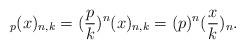
LaTeX: \begin{align*}_{p}(x)_{n,k}=(\frac{p}{k})^n(x)_{n,k} = (p)^n(\frac{x}{k})_{n}.\end{align*}